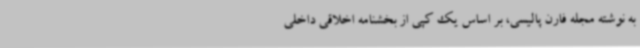
به نوشته مجله فارن پالیسی، بر اساس یک کپی از بخشنامه اخلاقی داخلی